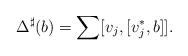
LaTeX: \begin{gather*}\Delta^\sharp(b)=\sum[v_j, [v_j^*, b]].\end{gather*}